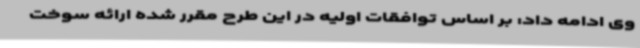
وی ادامه داد: بر اساس توافقات اولیه در این طرح مقرر شده ارائه سوخت